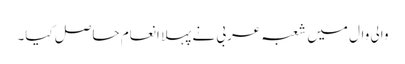
والی وال میں شعبہ عربی نے پہلا انعام حاصل کیا۔